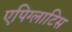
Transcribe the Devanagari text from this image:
एपिग्लाटिस